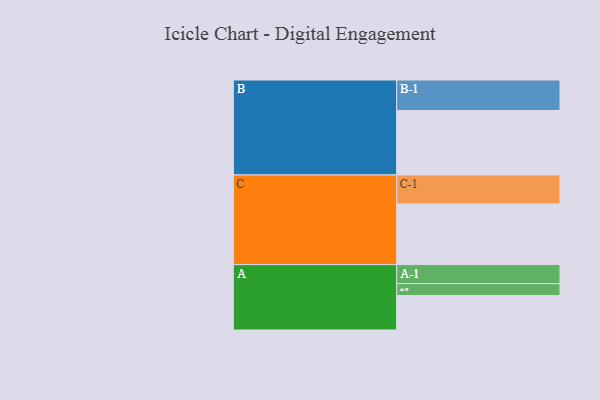
{"axis": {"x": "Segment", "y": "Value"}, "legend": ["", "A", "B", "C"], "data": [{"x": "A", "y": 315, "type": ""}, {"x": "B", "y": 588, "type": ""}, {"x": "C", "y": 553, "type": ""}, {"x": "A-1", "y": 174, "type": "A"}, {"x": "A-2", "y": 108, "type": "A"}, {"x": "B-1", "y": 279, "type": "B"}, {"x": "C-1", "y": 265, "type": "C"}]}